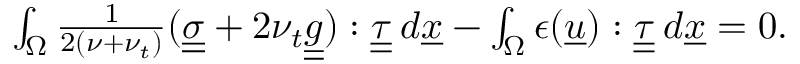
\begin{array} { r } { \int _ { \Omega } \frac { 1 } { 2 ( \nu + \nu _ { t } ) } ( \underline { { \underline { { \sigma } } } } + 2 \nu _ { t } \underline { { \underline { { g } } } } ) : \underline { { \underline { { \tau } } } } \: d \underline { { x } } - \int _ { \Omega } \epsilon ( \underline { { u } } ) : \underline { { \underline { { \tau } } } } \: d \underline { { x } } = 0 . } \end{array}